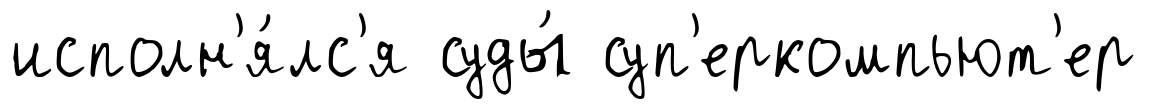
исполн'я́лс'я суды́ суп'еркомпьют'ер